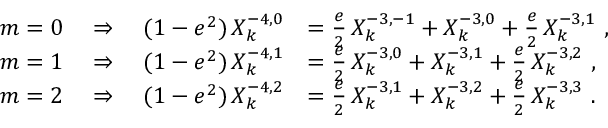
\begin{array} { r l } { m = 0 \quad \Rightarrow \quad ( 1 - e ^ { 2 } ) \, X _ { k } ^ { - 4 , 0 } } & { = \frac { e } { 2 } \, X _ { k } ^ { - 3 , - 1 } + X _ { k } ^ { - 3 , 0 } + \frac { e } { 2 } \, X _ { k } ^ { - 3 , 1 } \ , } \\ { m = 1 \quad \Rightarrow \quad ( 1 - e ^ { 2 } ) \, X _ { k } ^ { - 4 , 1 } } & { = \frac { e } { 2 } \, X _ { k } ^ { - 3 , 0 } + X _ { k } ^ { - 3 , 1 } + \frac { e } { 2 } \, X _ { k } ^ { - 3 , 2 } \ , } \\ { m = 2 \quad \Rightarrow \quad ( 1 - e ^ { 2 } ) \, X _ { k } ^ { - 4 , 2 } } & { = \frac { e } { 2 } \, X _ { k } ^ { - 3 , 1 } + X _ { k } ^ { - 3 , 2 } + \frac { e } { 2 } \, X _ { k } ^ { - 3 , 3 } \ . } \end{array}